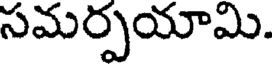
సమర్పయామి.